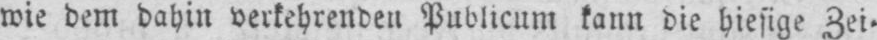
wie dem dahin verkehrenden Publicum kann die hiesige Zei⸗